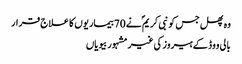
وہ پھل جس کو نبی کریم ؐ نے 70بیماریوں کا علاج قرار
بالی ووڈ کے ہیروز کی غیر مشہور بیویاں